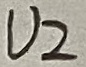
Text: U2